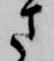
さ